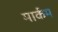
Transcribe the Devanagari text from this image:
मार्कम